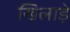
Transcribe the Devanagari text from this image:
खिलाड़े